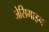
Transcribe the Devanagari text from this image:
जेसिमाइन